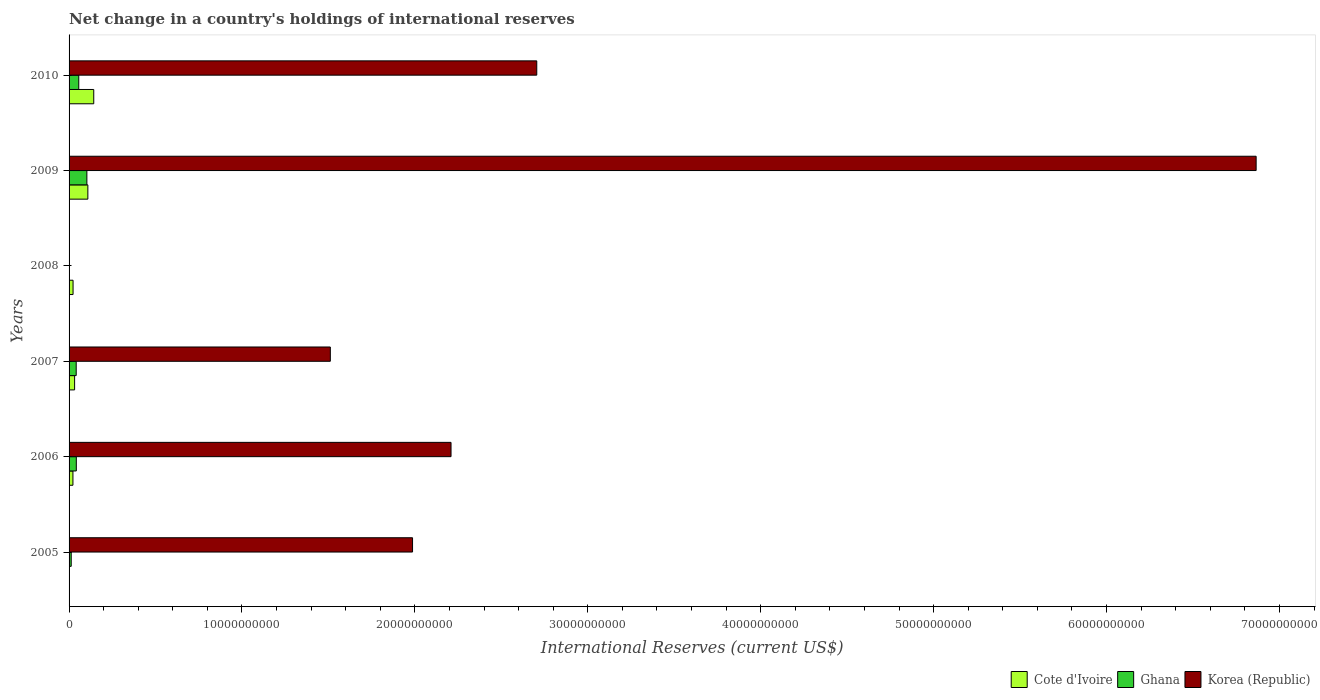
| Years | Cote d'Ivoire | Ghana | Korea (Republic) |
 | --- | --- | --- | --- |
 | 2005 | -3.15e+08 | 1.25e+08 | 1.99e+10 |
 | 2006 | 2.23e+08 | 4.18e+08 | 2.21e+10 |
 | 2007 | 3.21e+08 | 4.12e+08 | 1.51e+10 |
 | 2008 | 2.3e+08 | -9.41e+08 | -5.64e+10 |
 | 2009 | 1.09e+09 | 1.03e+09 | 6.87e+10 |
 | 2010 | 1.43e+09 | 5.61e+08 | 2.7e+10 |